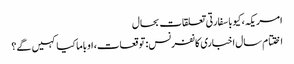
امریکہ، کیوبا سفارتی تعلقات بحال
اختتام سال اخباری کانفرنس: توقعات، اوباما کیا کہیں گے؟